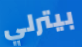
بيترلي